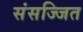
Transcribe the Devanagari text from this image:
संसज्जित